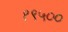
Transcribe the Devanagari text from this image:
१९५००